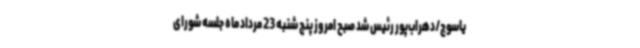
یاسوج/دهراب‌پور رئیس شد صبح امروز پنج شنبه 23 مرداد ماه جلسه شورای